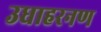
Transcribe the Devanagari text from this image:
उधाहरनण